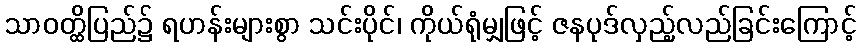
သာဝတ္ထိပြည်၌ ရဟန်းများစွာ သင်းပိုင်၊ ကိုယ်ရုံမျှဖြင့် ဇနပုဒ်လှည့်လည်ခြင်းကြောင့်